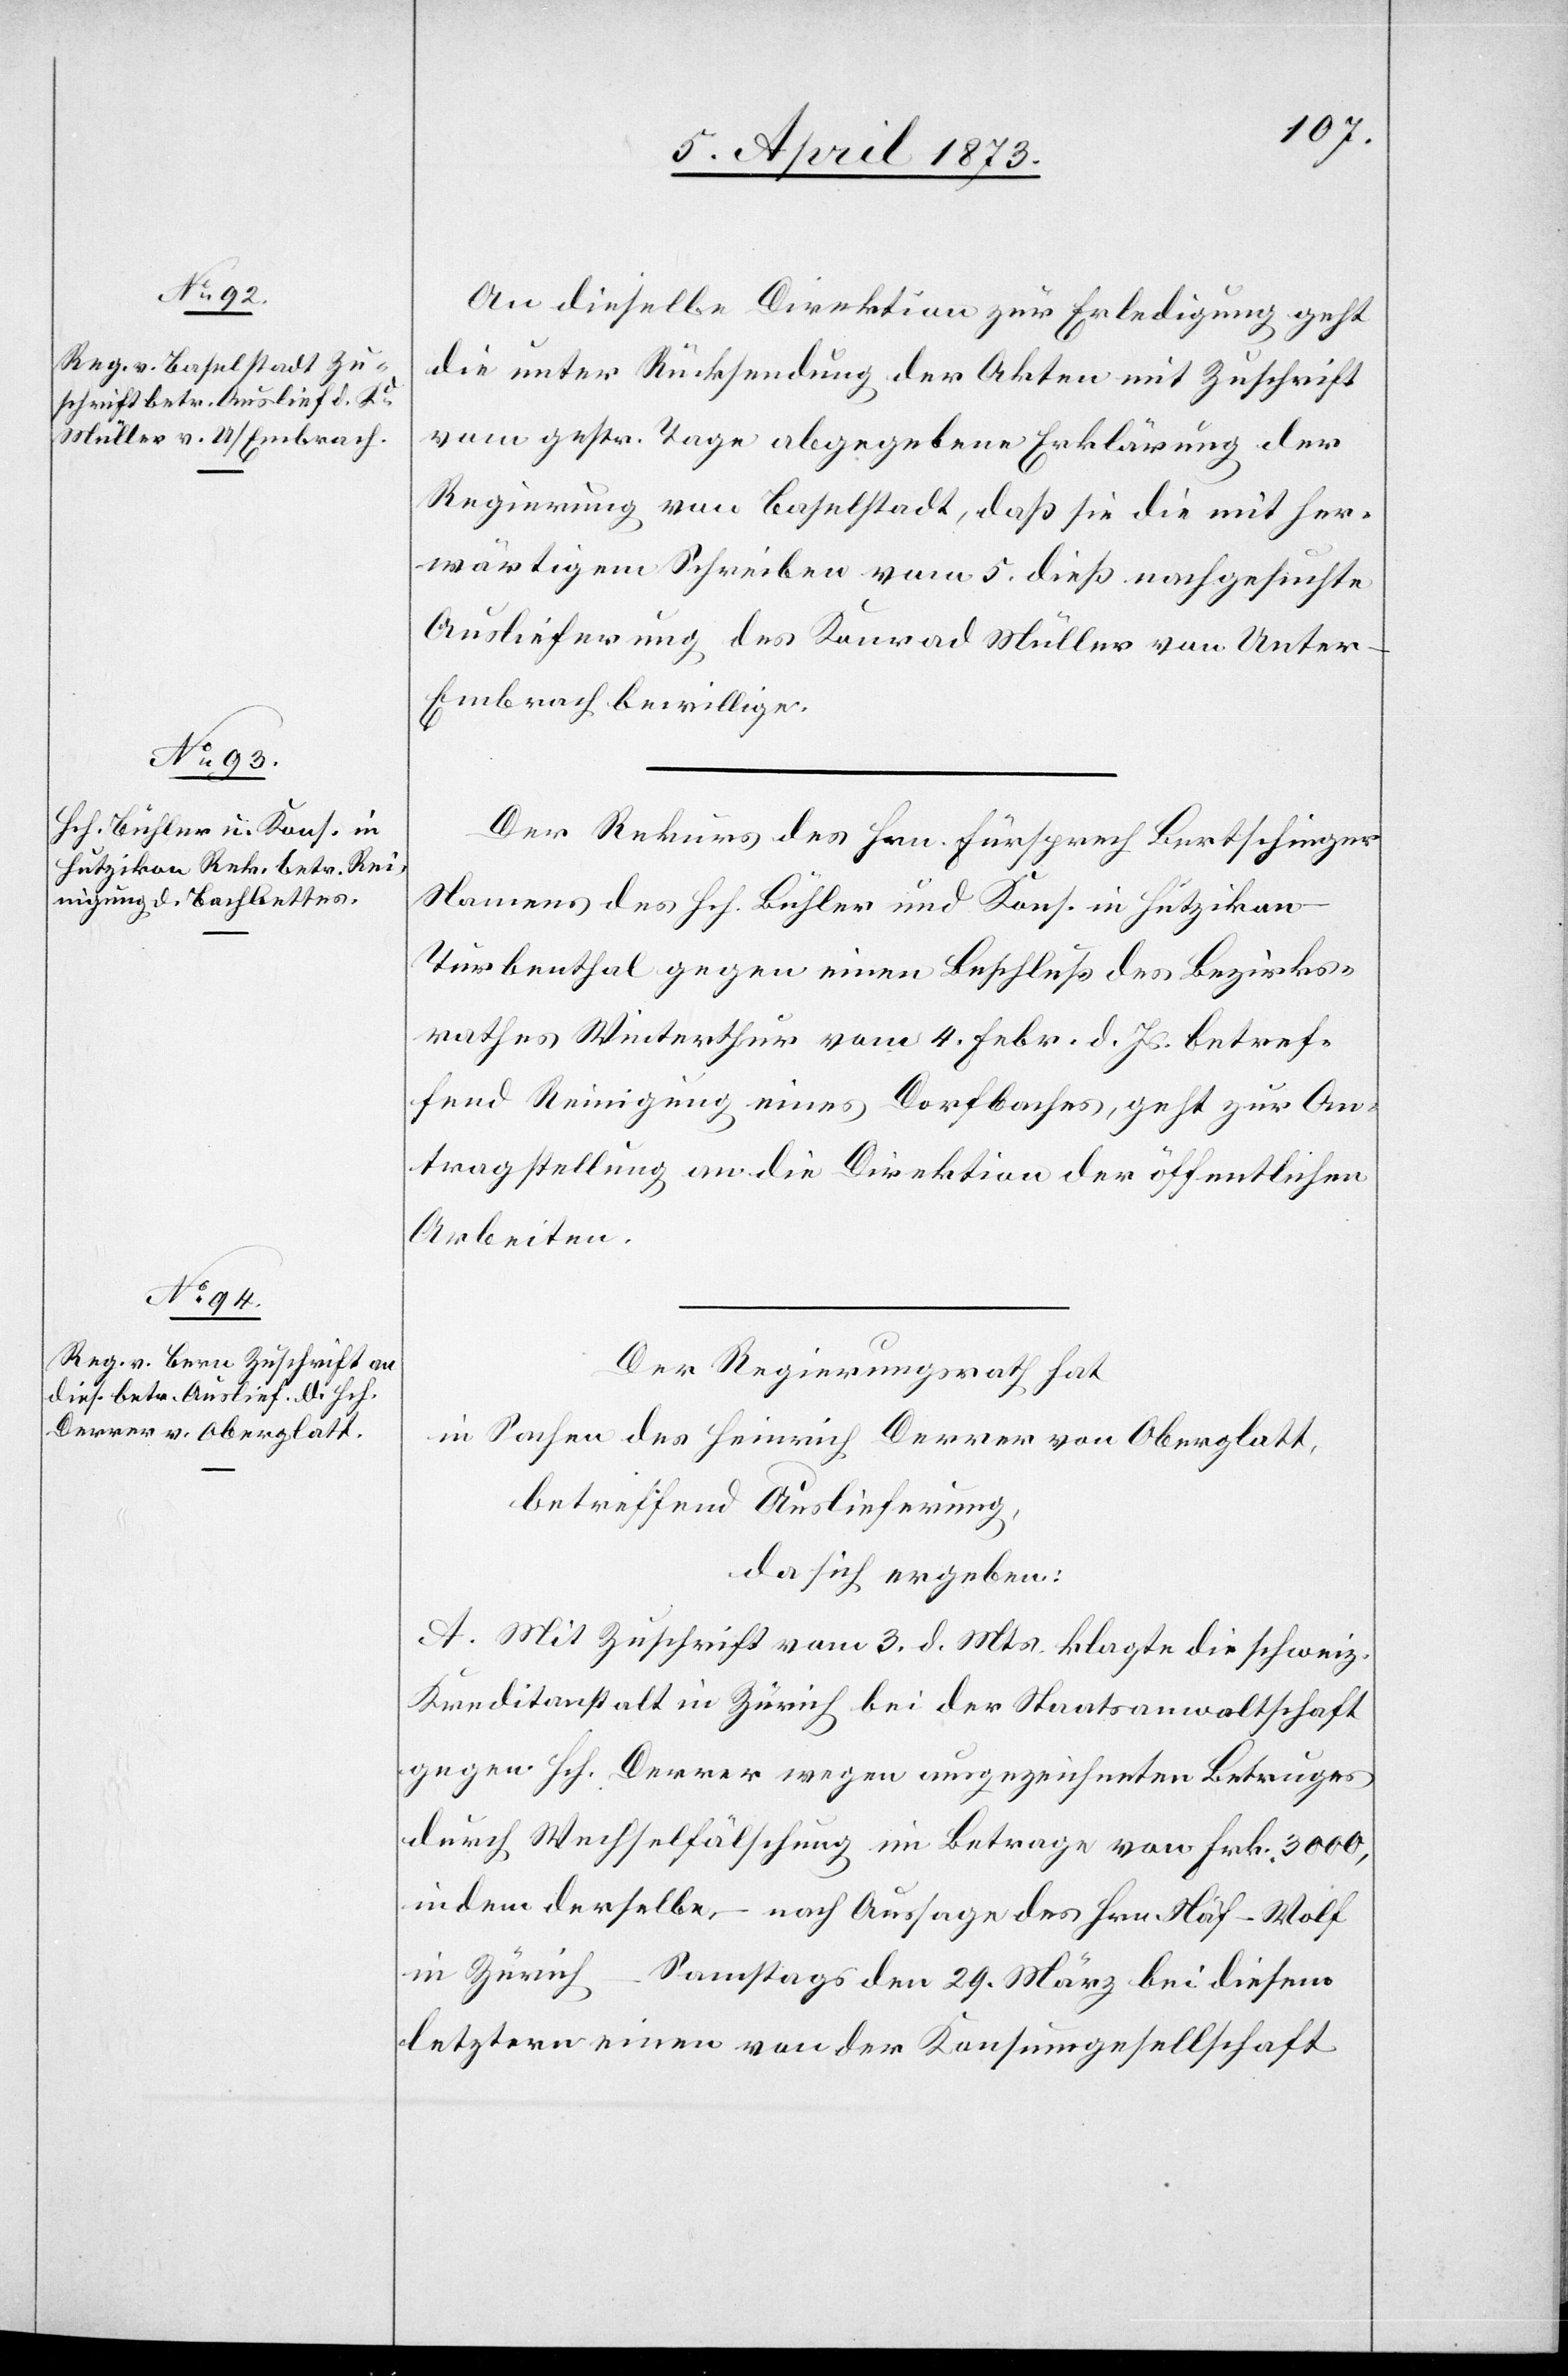
10. April 1873]
An dieselbe Direktion zur Erledigung geht
die unter Rücksendung der Akten mit Zuschrift
vom gestr. Tage abgegebene Erklärung der
Regierung von Baselstadt, daß sie die mit her¬
wärtigem Schreiben vom 5. dieß nachgesuchte
Auslieferung des Konrad Müller von Unte¬
r-Embrach bewillige.
Der Rekurs des Hrn. Fürsprech Bertschinger
Namens des Hch. Bühler und Kons. in Hutzikon-T¬
urbenthal gegen einen Beschluß des Bezirks¬
rathes Winterthur vom 4. Febr. d. Js. betref¬
fend Reinigung eines Dorfbaches, geht zur An¬
tragstellung an die Direktion der öffentlichen
Arbeiten.
Der Regierungsrath hat
in Sachen des Heinrich Derrer von Oberglatt,
betreffend Auslieferung,
da sich ergeben:
A. Mit Zuschrift vom 3. d. Mts. klagte die schweiz.
Kreditanstalt in Zürich bei der Staatsanwaltschaft
gegen Hch. Derrer wegen ausgezeichneten Betruges
durch Wechselfälschung im Betrage von Frk. 3000,
indem derselbe – nach Aussage des Hrn Näf-Wolf
in Zürich – Samstags den 29. März bei diesem
letztern einen von der Konsumgesellschaft